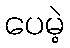
ပေမဲ့